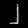
Digit: ၂